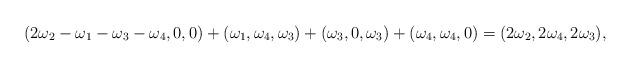
LaTeX: \begin{align*}(2\omega_2-\omega_1-\omega_3-\omega_4,0,0)+(\omega_1,\omega_4,\omega_3)+(\omega_3,0,\omega_3)+(\omega_4,\omega_4,0)&=(2\omega_2,2\omega_4,2\omega_3),\end{align*}